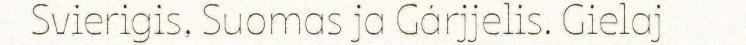
Svierigis, Suomas ja Gárjjelis. Gielaj